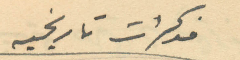
مذكرات تاريخيه